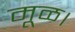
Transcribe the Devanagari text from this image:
मूळ।